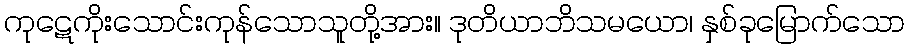
ကုဋေကိုးသောင်းကုန်သောသူတို့အား။ ဒုတိယာဘိသမယော၊ နှစ်ခုမြောက်သော